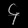
Digit: ၄